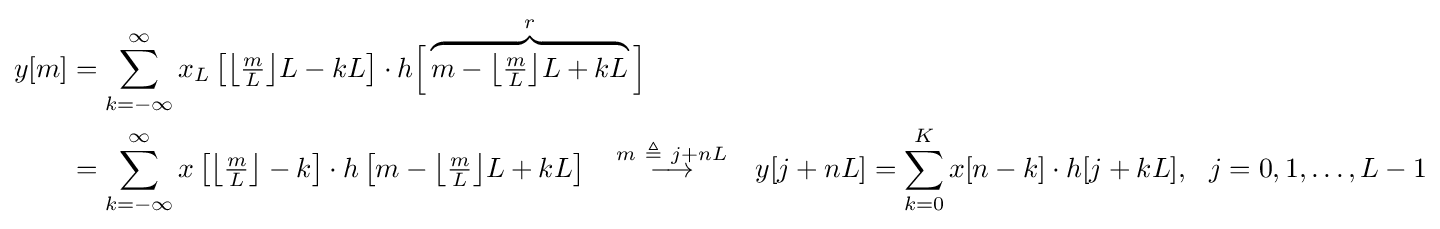
{\begin{aligned}y[m]&=\sum _{k=-\infty }^{\infty }x_{L}\left[{\bigl \lfloor }{\tfrac {m}{L}}{\bigr \rfloor }L-kL\right]\cdot h{\Bigl [}\overbrace {m-{\bigl \lfloor }{\tfrac {m}{L}}{\bigr \rfloor }L+kL} ^{r}{\Bigr ]}\\&=\sum _{k=-\infty }^{\infty }x\left[{\bigl \lfloor }{\tfrac {m}{L}}{\bigr \rfloor }-k\right]\cdot h\left[m-{\bigl \lfloor }{\tfrac {m}{L}}{\bigr \rfloor }L+kL\right]\quad {\stackrel {m\ \triangleq \ j+nL}{\longrightarrow }}\quad y[j+nL]=\sum _{k=0}^{K}x[n-k]\cdot h[j+kL],\ \ j=0,1,\ldots ,L-1\end{aligned}}